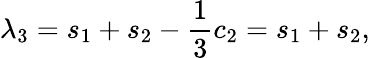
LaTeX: \lambda_{3}=s_{1}+s_{2}-\frac{1}{3}c_{2}=s_{1}+s_{2},